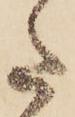
た